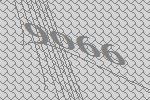
9066